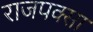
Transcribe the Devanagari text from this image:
राजपक्सा